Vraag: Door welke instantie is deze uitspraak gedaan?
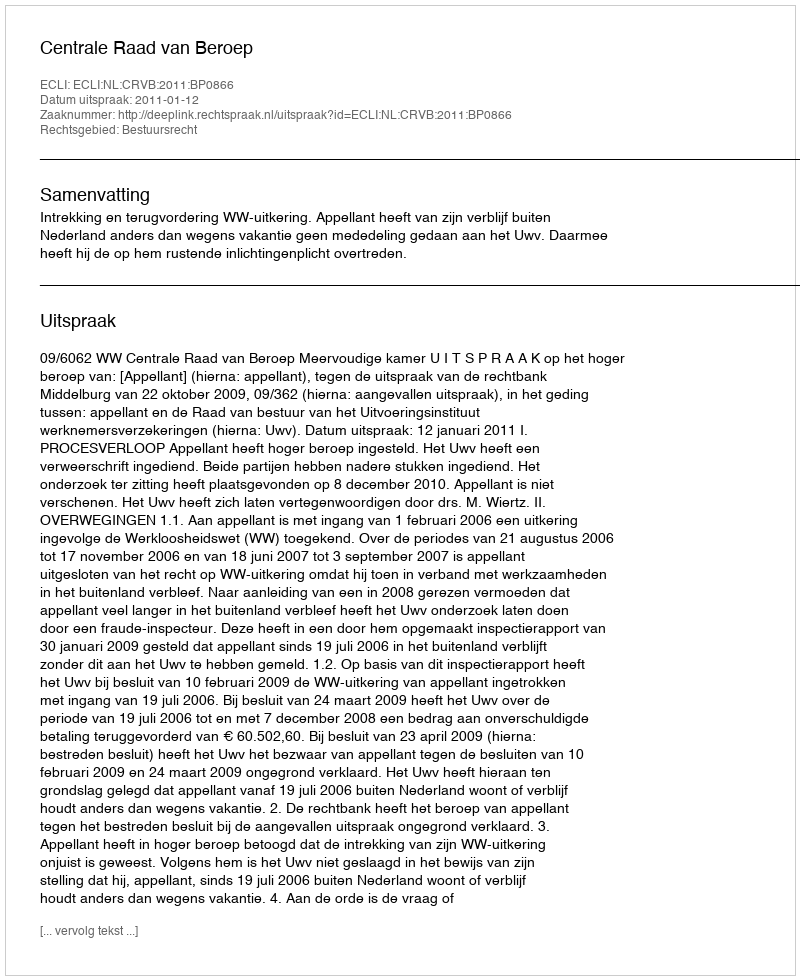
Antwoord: Centrale Raad van Beroep